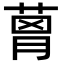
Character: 𦴗